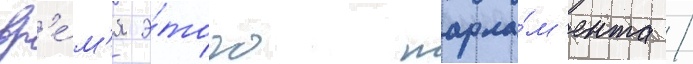
вр'е́м'я э́того парла́м'ента /